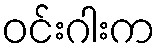
ဝင်းဂါးက